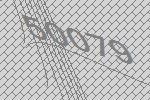
50079